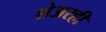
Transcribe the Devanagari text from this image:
शेअरही